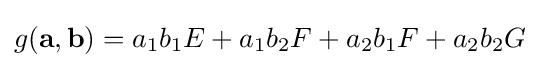
g(\mathbf {a} ,\mathbf {b} )=a_{1}b_{1}E+a_{1}b_{2}F+a_{2}b_{1}F+a_{2}b_{2}G